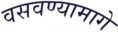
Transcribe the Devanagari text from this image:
वसवण्यामागे